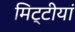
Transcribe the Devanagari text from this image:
मिट्टीयां